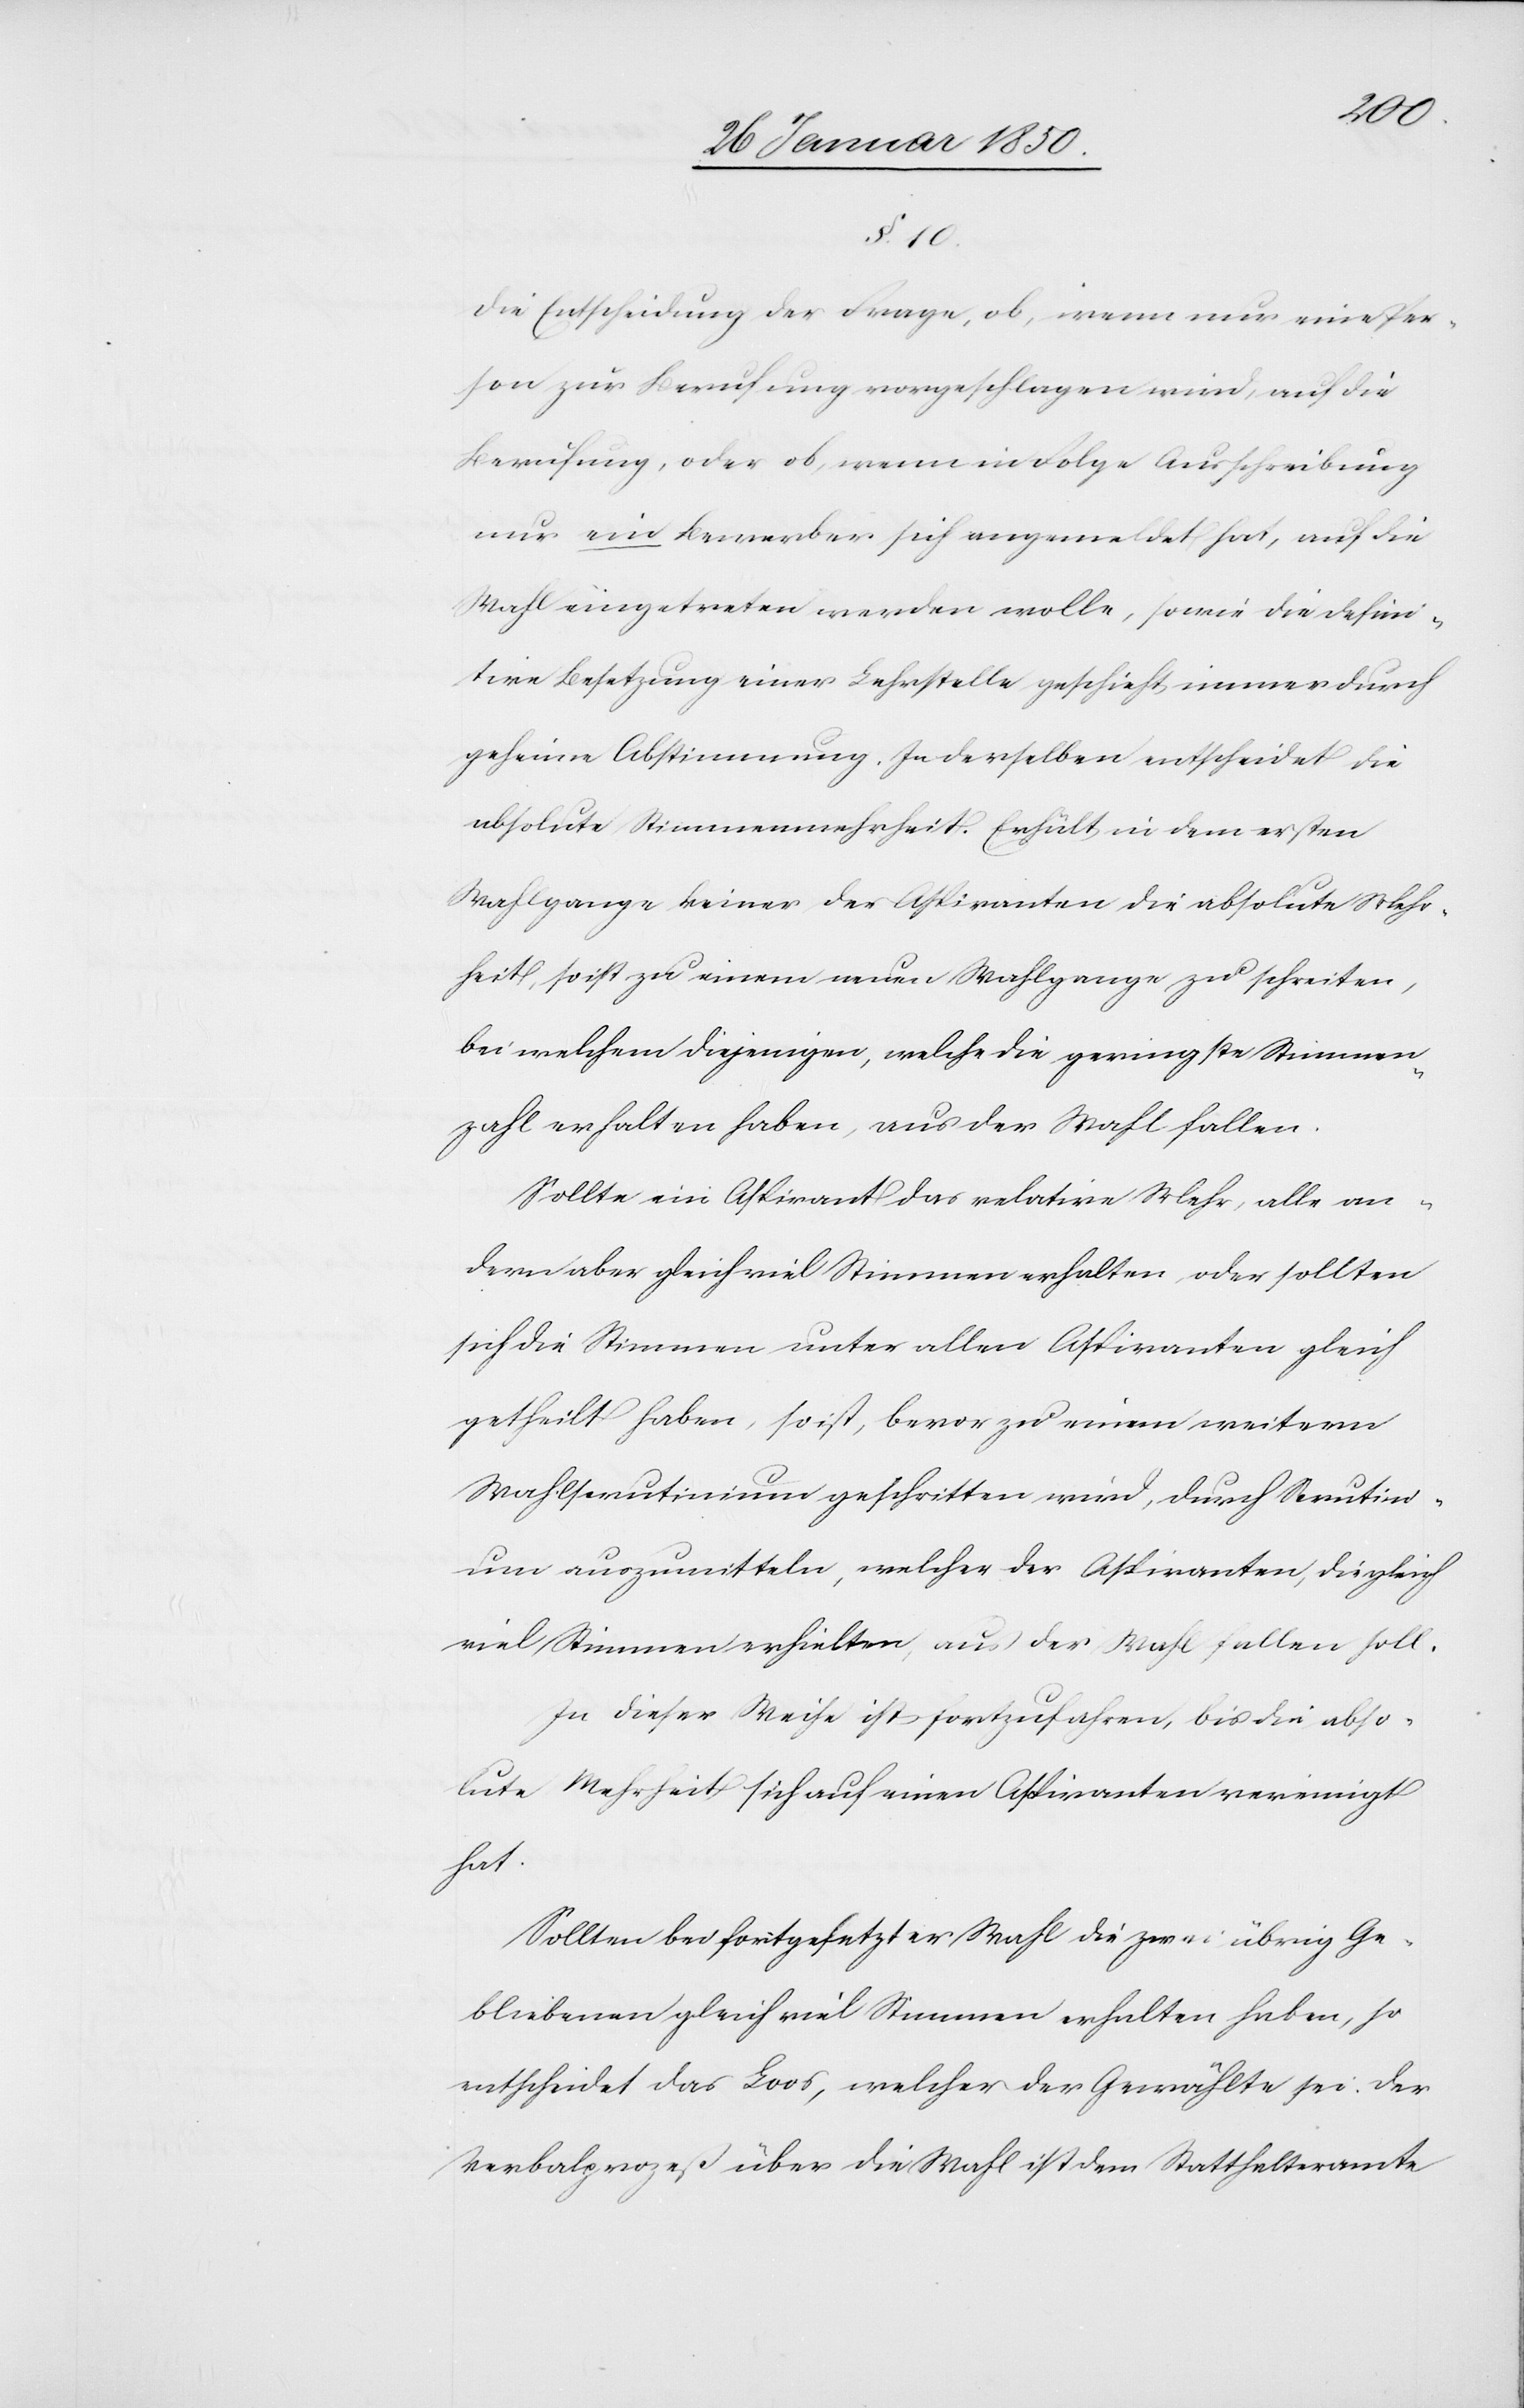
§. 10.
Die Entscheidung der Frage, ob, wenn nur eine Per¬
son zur Berufung vorgeschlagen wird, auf die
Berufung, oder ob, wenn in Folge Ausschreibung
nur ein Bewerber sich angemeldet hat, auf die
Wahl eingetreten werden wolle, sowie die defini¬
tive Besetzung einer Lehrstelle geschieht, immer durch
geheime Abstimmung. In derselben entscheidet die
absolute Stimmenmehrheit. Erhält in dem ersten
Wahlgange keiner der Aspiranten die absolute Mehr¬
heit, so ist zu einem neuen Wahlgange zu schreiten,
bei welchem diejenigen, welche die geringste Stimmen¬
zahl erhalten haben, aus der Wahl fallen.
Sollte ein Aspirant das relative Mehr, alle an¬
dern aber gleichviel Stimmen erhalten, oder sollten
sich die Stimmen unter allen Aspiranten gleich
getheilt haben, so ist, bevor zu einem weitern
Wahlscrutinium geschritten wird, durch Scrutini¬
um auszumitteln, welcher der Aspiranten, die gleich
viel Stimmen erhielten, aus der Wahl fallen soll.
In dieser Weise ist fortzufahren, bis die abso¬
lute Mehrheit sich auf einen Aspiranten vereinigt
hat.
Sollten bei fortgesetzter Wahl die zwei übrig Ge¬
bliebenen gleich viel Stimmen erhalten haben, so
entscheidet das Loos, welcher der Gewählte sei. Der
Verbalprozeß über die Wahl ist dem Statthalteramte